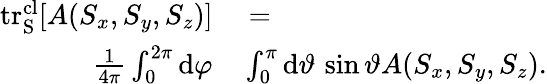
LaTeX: \begin{array}{rl}{\mathrm{tr_{S}^{cl}}[A(S_{x},S_{y},S_{z})]}&{{}=}\\ {\frac{1}{4\pi}\int_{0}^{2\pi}\mathrm{d}\varphi}&{{}\int_{0}^{\pi}\mathrm{d}\vartheta\, \sin\vartheta A(S_{x},S_{y},S_{z}).}\end{array}